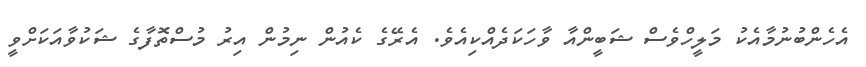
އެހެންބުނުމާއެކު މަލީހްވެސް ޝަބީންއާ ވާހަކަދެއްކިއެވެ. އެރޭގެ ކެއުން ނިމުން އިރު މުސްތޮފާގެ ޝަކުވާއަކަށްވީ